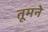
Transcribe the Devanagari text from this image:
तूमने